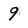
Character: 9